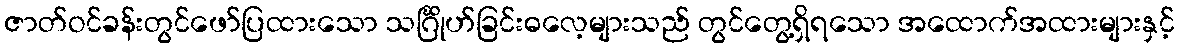
ဇာတ်ဝင်ခန်းတွင်ဖော်ပြထားသော သင်္ဂြိုဟ်ခြင်းဓလေ့များသည် တွင်တွေ့ရှိရသော အထောက်အထားများနှင့်